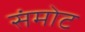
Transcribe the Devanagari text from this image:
संमोट